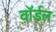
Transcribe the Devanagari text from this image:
वॉर्डल